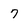
Character: 7